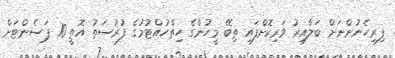
ފިރިހެނުންނަށް ބަލާއިރު ވަރިކޮށްފައި ތިބޭ މީހުންގެ ހިތްހުއްޓުމުގެ ފުރުސަތު އޮތީ 10 ޕަސެންޓަށް